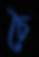
চৈ